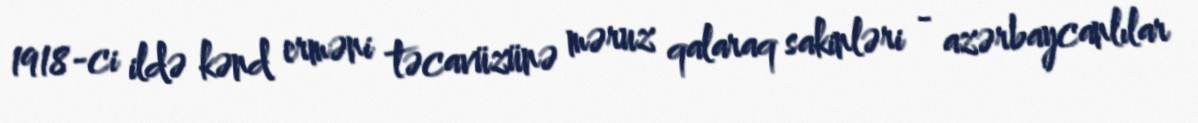
1918-ci ildə kənd erməni təcavüzünə məruz qalaraq sakinləri - azərbaycanlılar